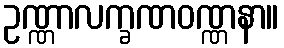
ဥဏ္ဏာလက္ခဏဝဏ္ဏနာ။